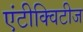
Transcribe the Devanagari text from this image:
एंटीक्विटीज